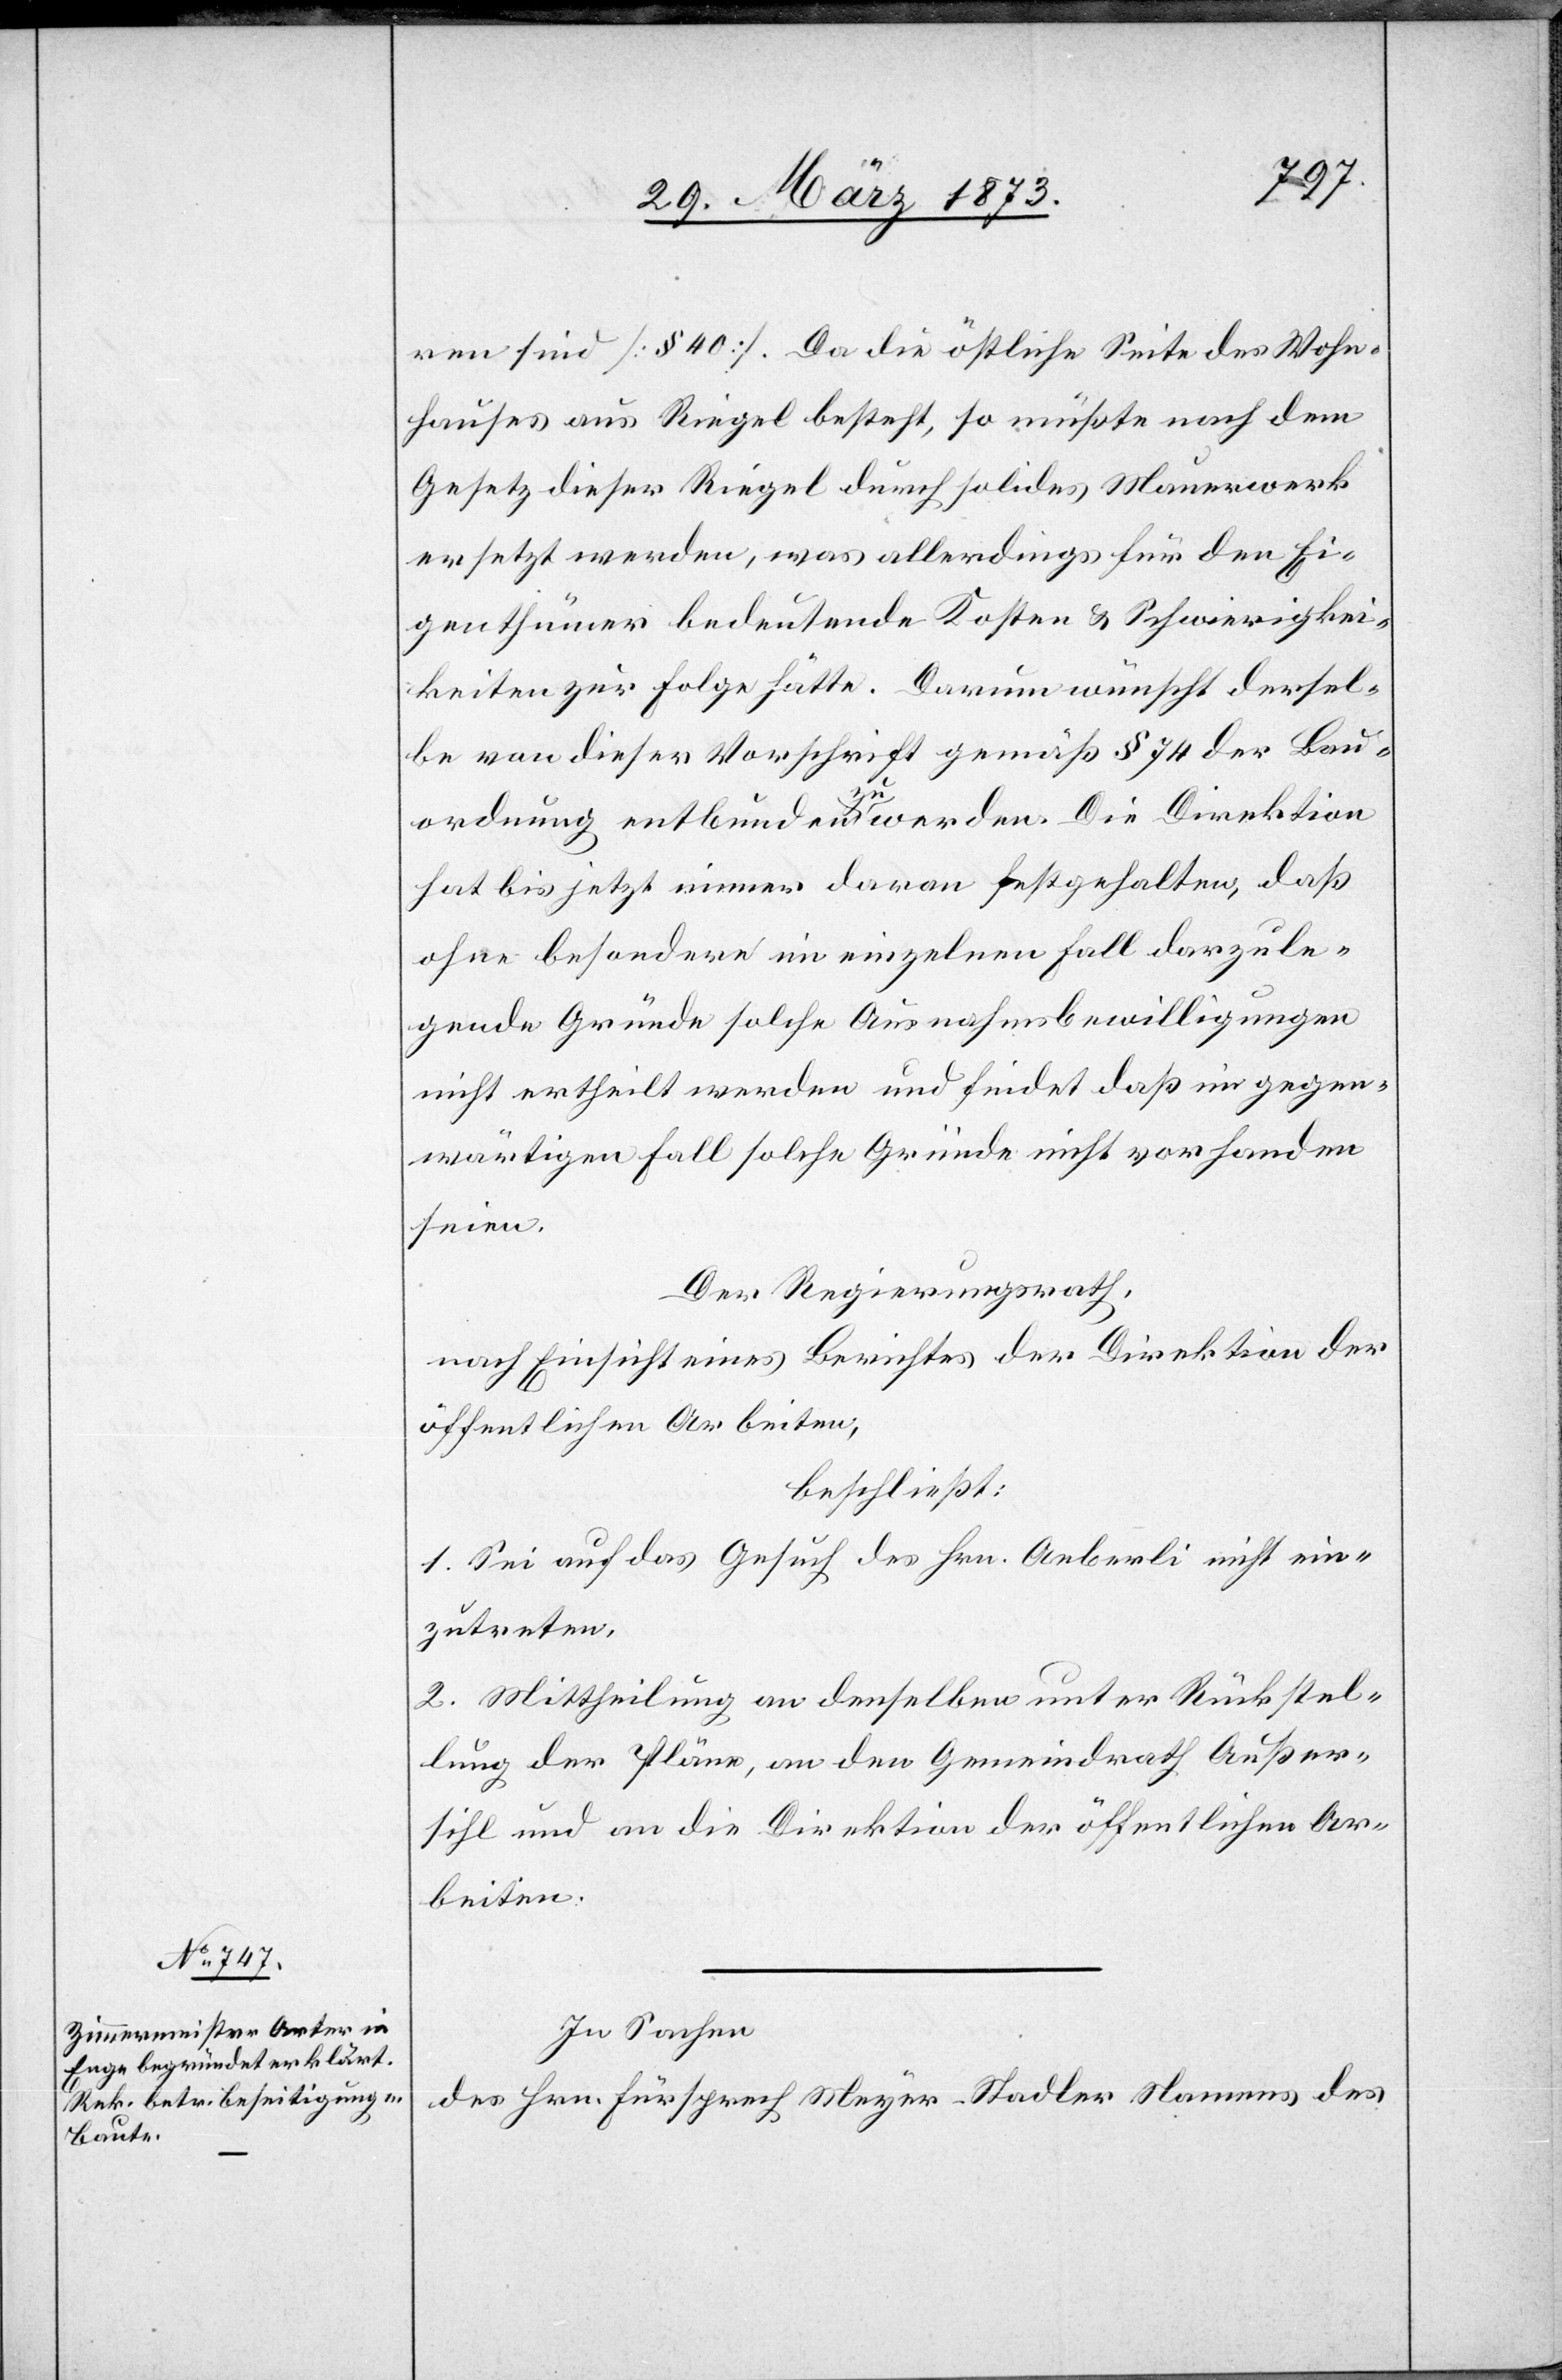
ren sind [§ 40]. Da die östliche Seite des Wohn¬
hauses aus Riegel besteht, so müßte nach dem
Gesetz dieser Riegel durch solides Mauerwerk
ersetzt werden, was allerdings für den Ei¬
genthümer bedeutende Kosten u. Schwierigk¬
eiten zur Folge hätte. Darum wünscht dersel¬
be von dieser Vorschrift gemäß § 74 der Bau¬
ordnung entbunden zu werden. Die Direktion
hat bis jetzt immer daran festgehalten, daß
ohne besondere im einzelnen Fall darzule¬
gende Gründe solche Ausnahmsbewilligungen
nicht ertheilt werden und findet daß im gegen¬
wärtigen Fall solche Gründe nicht vorhanden
seien.
Der Regierungsrath,
nach Einsicht eines Berichtes der Direktion der
öffentlichen Arbeiten,
beschließt:
1. Sei auf das Gesuch des Hrn. Aeberli nicht ein¬
zutreten.
2. Mittheilung an denselben unter Rückstel¬
lung der Pläne, an den Gemeindrath Außer¬
sihl und an die Direktion der öffentlichen Ar¬
beiten.
In Sachen
des Hrn. Fürsprech Meyer-Stadler Namens des